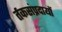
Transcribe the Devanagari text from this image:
र्तकसंप्रदायों